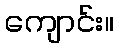
ကျောင်း။